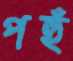
পহুঁ